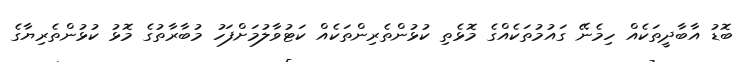
ބޮޑު އާބާދީތަކެއް ހިމެނޭ ގައުމުތަކެއްގެ މޮޅެތި ކުޅުންތެރިންތަކެއް ކަޓުވާލުމަށްފަހު މުބާރާތުގެ މޮޅު ކުޅުންތެރިޔާގެ